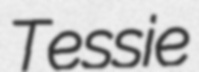
Tessie